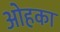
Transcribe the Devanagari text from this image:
ओहका